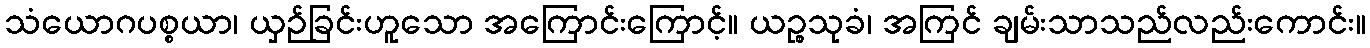
သံယောဂပစ္စယာ၊ ယှဉ်ခြင်းဟူသော အကြောင်းကြောင့်။ ယဉ္စသုခံ၊ အကြင် ချမ်းသာသည်လည်းကောင်း။